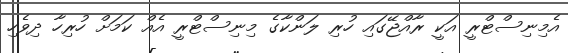
އެމިނިސްޓްރީ އަކީ ރާއްޖޭގައި ހުރި ލަންކާގެ މިނިސްޓްރީ އެއް ކަމަށް ހުރިހާ ދިވެހި